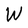
Character: W